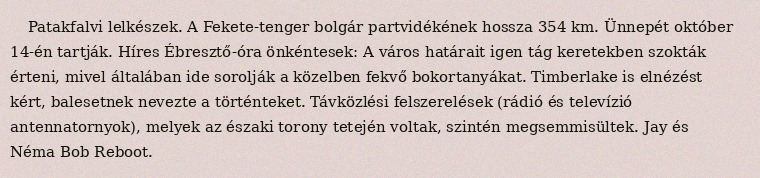
Patakfalvi lelkészek. A Fekete-tenger bolgár partvidékének hossza 354 km. Ünnepét október 14-én tartják. Híres Ébresztő-óra önkéntesek: A város határait igen tág keretekben szokták érteni, mivel általában ide sorolják a közelben fekvő bokortanyákat. Timberlake is elnézést kért, balesetnek nevezte a történteket. Távközlési felszerelések (rádió és televízió antennatornyok), melyek az északi torony tetején voltak, szintén megsemmisültek. Jay és Néma Bob Reboot.